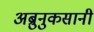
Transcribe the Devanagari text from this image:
अब्रुनुकसानी